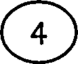
(4)